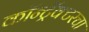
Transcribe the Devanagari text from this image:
कॉन्ट्रॅक्टरचा